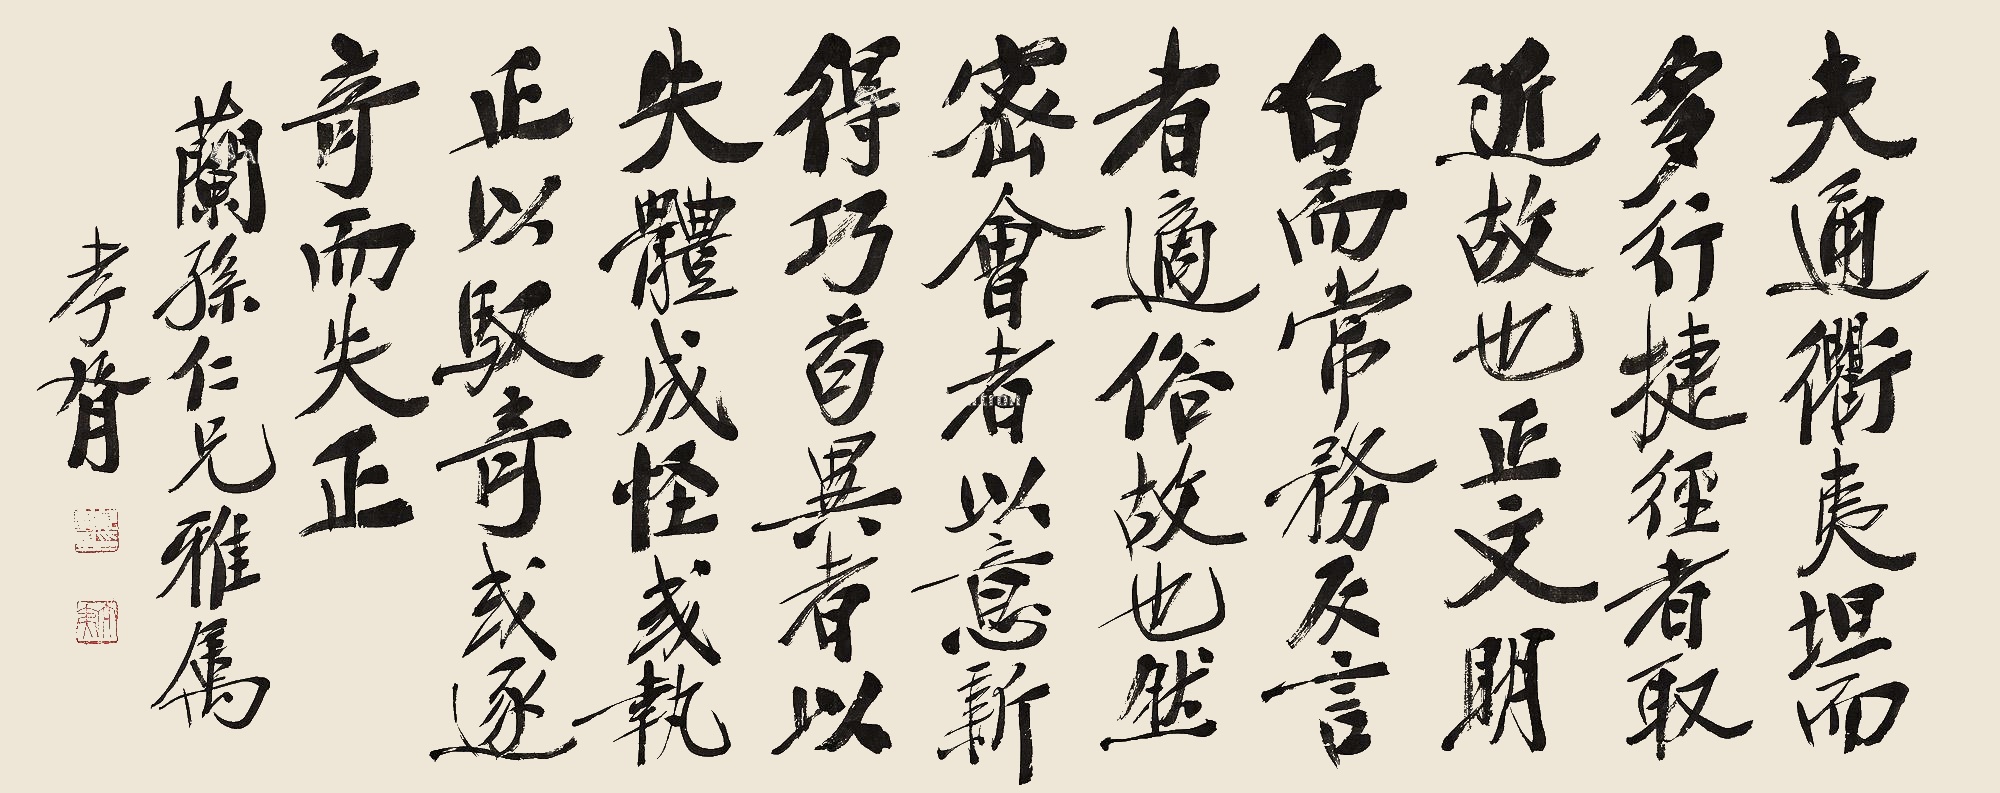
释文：夫通衢夷坦，而多行捷径者，取近故也；正文明白而常务反言者，适俗故也。然密会者以意新得巧，苟异者从矢体成怪，或执正以驭奇，或逐奇而失正。兰孙仁兄雅属，孝胥。